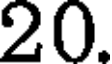
20.